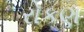
રોકણ